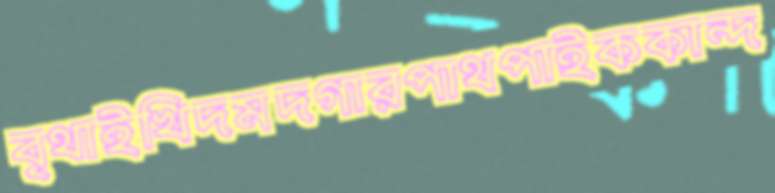
বৃথাইখিদমদগারপাথপাইককান্দ